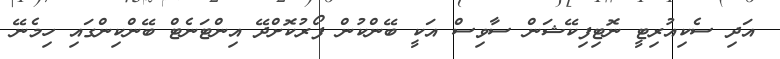
އަދި ސެކިއުރިޓީ ނޮޓިފިކޭޝަން ސާވިސް އަކީ ބޭންކުން ފޯރުކޮށްދޭ އިންޓަނެޓް ބޭންކިންގައި ހިމެނޭ